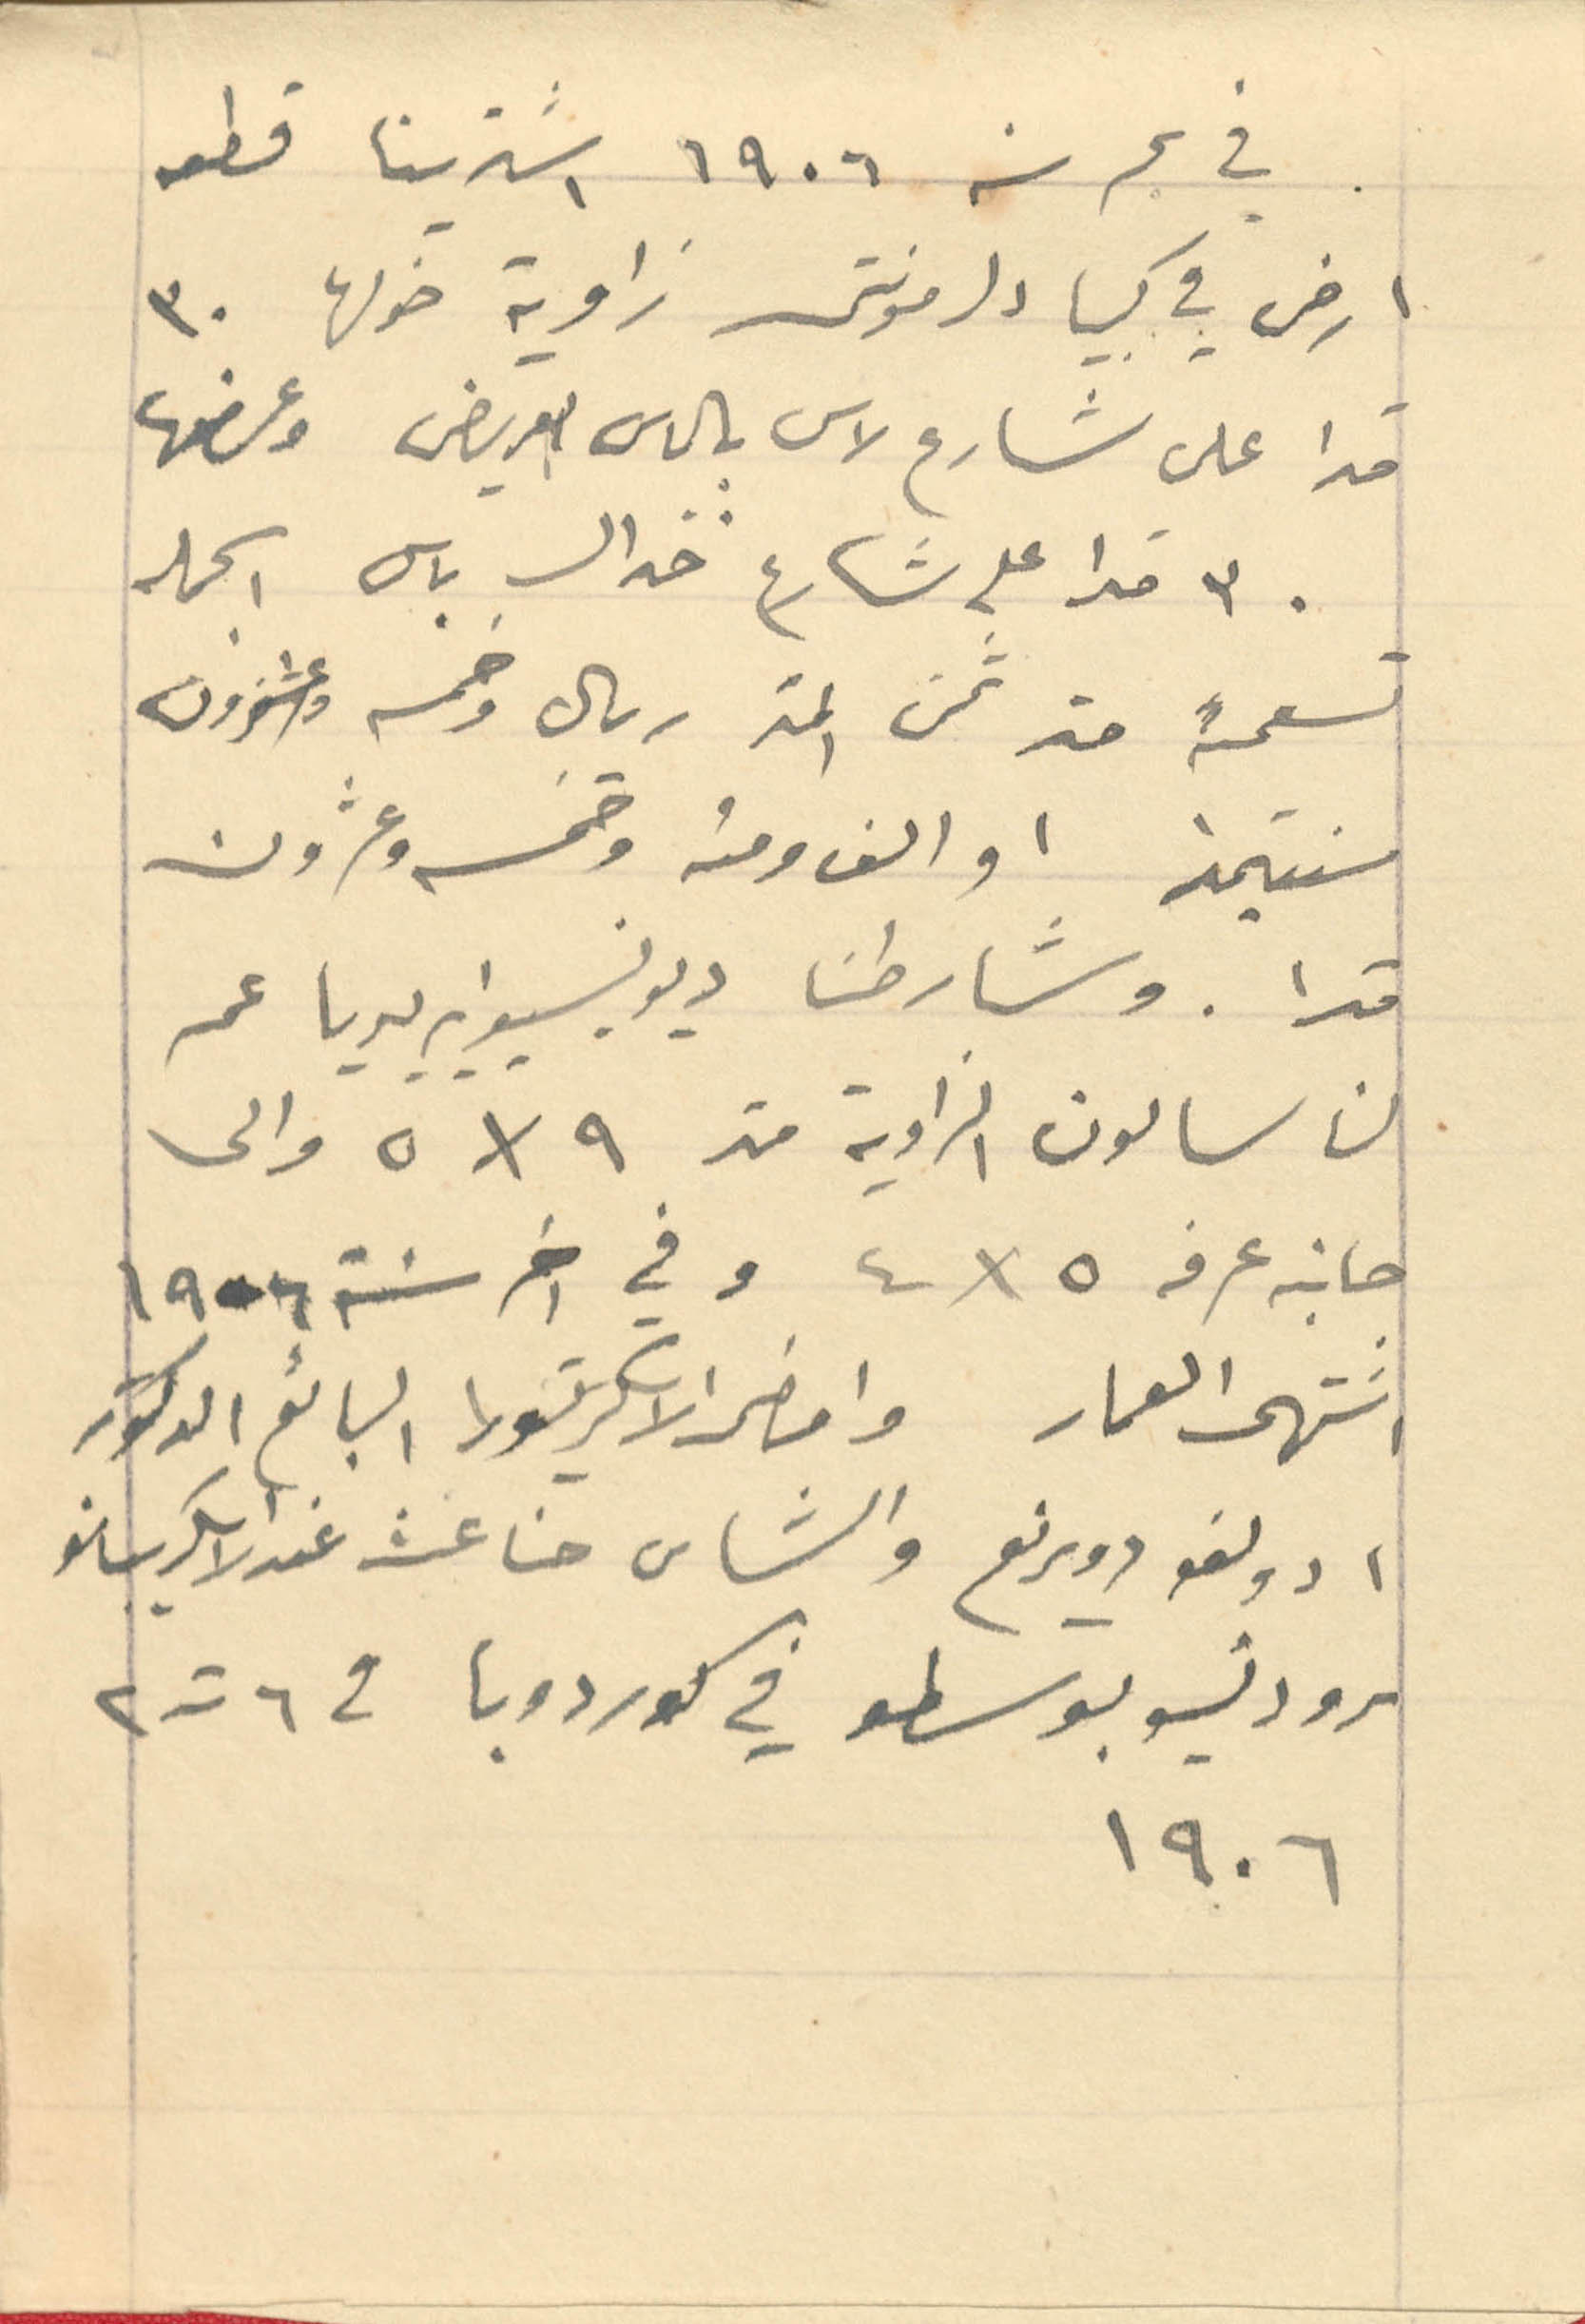
في بحر سنة ١۹٠٦ اشترينا قطعه
ارض في كبيا دلمونتي زاوية حولها ۳٠
 مترا على شارع لاس بالماس العريض وعرضها
۳٠  مترًا على شارع خزال باس اكمله
تسعمئة او الف ومئة وخمس وعشرون
سنتيمترا او الف ومئة وخمسة وعشرون
مترا . وشارطنا ديونسيدايديا عمه
ان سالون الزاوية متر ۹ x  ٥ والى
جانبه غرفه ٥ x  ٤  وفي ىخر سنة ١۹٠٦
انتهى العمار وامضى الاسكروتور البائع الدكتور
ادولفو دويرنغ والشاس حنا غث عند الاسكريبانو
سرو دنسو بوسطو في كوردوبا في ٦ ت ٢
١٩٠٦